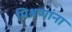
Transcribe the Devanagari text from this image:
मिश्रणांना